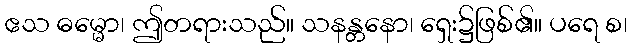
ဧသ ဓမ္မော၊ ဤတရားသည်။ သနန္တနော၊ ရှေး၌ဖြစ်၏။ ပရေ စ၊